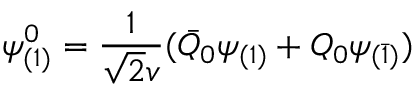
\psi _ { ( 1 ) } ^ { 0 } = \frac { 1 } { \sqrt { 2 } v } ( \bar { Q } _ { 0 } \psi _ { ( 1 ) } + Q _ { 0 } \psi _ { ( \bar { 1 } ) } )